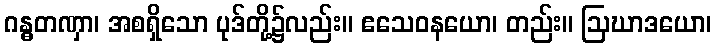
ဂန္ဓတဏှာ၊ အစရှိသော ပုဒ်တို့၌လည်း။ ဧသေဝနယော၊ တည်း။ ဩဃာဒယော၊